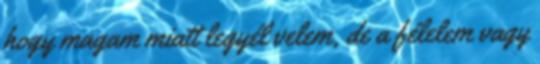
hogy magam miatt legyél velem, de a félelem vagy